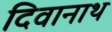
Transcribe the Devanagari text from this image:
दिवानाथ